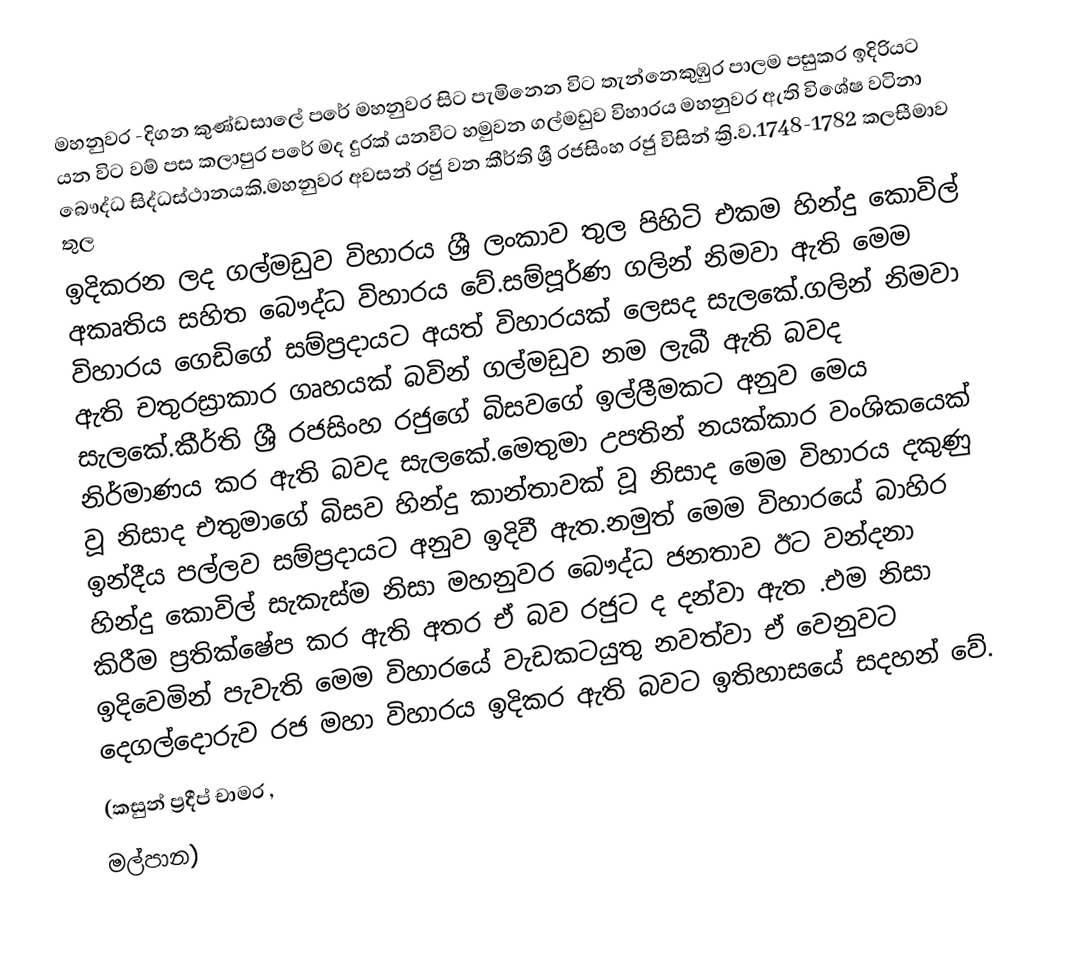
මහනුවර -දිගන කුණ්ඩසාලේ පරේ මහනුවර සිට පැමිනෙන විට තැන්නෙකුඹුර පාලම පසුකර ඉදිරියට යන විට වම් පස කලාපුර පරේ මද දුරක් යනවිට හමුවන ගල්මඩුව විහාරය මහනුවර ඇති විශේෂ වටිනා බෞද්ධ සිද්ධස්ථානයකි.මහනුවර අවසන් රජු වන කීර්ති ශ්‍රී රජසිංහ රජු විසින් ක්‍රි.ව.1748-1782 කලසීමාව තුල
ඉදිකරන ලද ගල්මඩුව විහාරය ශ්‍රී ලංකාව තුල පිහිටි එකම හින්දු කොවිල් අකෘතිය සහිත බෞද්ධ විහාරය වේ.සම්පූර්ණ ගලින් නිමවා ඇති මෙම විහාරය ගෙඩිගේ සම්ප්‍රදායට අයත් විහාරයක් ලෙසද සැලකේ.ගලින් නිමවා ඇති චතුරස්‍රාකාර ගෘහයක් බවින් ගල්මඩුව නම ලැබී ඇති බවද සැලකේ.කීර්ති ශ්‍රී රජසිංහ රජුගේ බිසවගේ ඉල්ලීමකට අනුව මෙය නිර්මාණය කර ඇති බවද සැලකේ.මෙතුමා උපතින් නයක්කාර වංශිකයෙක් වූ නිසාද එතුමාගේ බිසව හින්දු කාන්තාවක් වූ නිසාද මෙම විහාරය දකුණු ඉන්දීය පල්ලව සම්ප්‍රදායට අනුව ඉදිවී ඇත.නමුත් මෙම විහාරයේ බාහිර හින්දු කොවිල් සැකැස්ම නිසා මහනුවර බෞද්ධ ජනතාව ඊට වන්දනා කිරීම ප්‍රතික්ෂේප කර ඇති අතර ඒ බව රජුට ද දන්වා ඇත .එම නිසා ඉදිවෙමින් පැවැති මෙම විහාරයේ වැඩකටයුතු නවත්වා ඒ වෙනුවට දෙගල්දොරුව රජ මහා විහාරය ඉදිකර ඇති බවට ඉතිහාසයේ සදහන් වේ.
(කසුන් ප්‍රදීප් චාමර ,
මල්පාන)